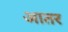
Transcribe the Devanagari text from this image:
आतर